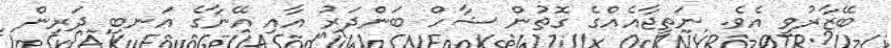
ބޭޒާރުވީ އެވެ. ނަތީޖާއެއްގެ ގޮތުން ޝާހް ބަންދަރު އާއި އޭނާގެ އަނބި ދަރިން